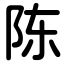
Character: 陈